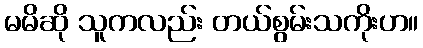
မမိဆို သူကလည်း တယ်စွမ်းသကိုးဟ။